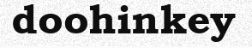
doohinkey